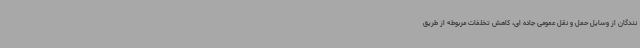
نندگان از وسایل حمل و نقل عمومی جاده ای، کاهش تخلفات مربوطه از طریق